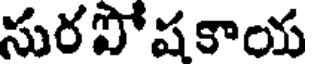
సురపోషకాయ